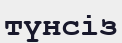
түнсіз